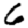
Digit: 6